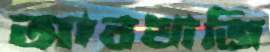
আবখাজি